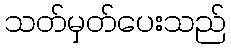
သတ်မှတ်ပေးသည်